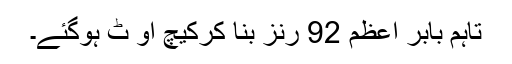
تاہم بابر اعظم 92 رنز بنا کرکیچ آؤ ٹ ہوگئے۔